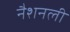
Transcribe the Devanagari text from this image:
नैशनली